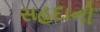
સહદાની